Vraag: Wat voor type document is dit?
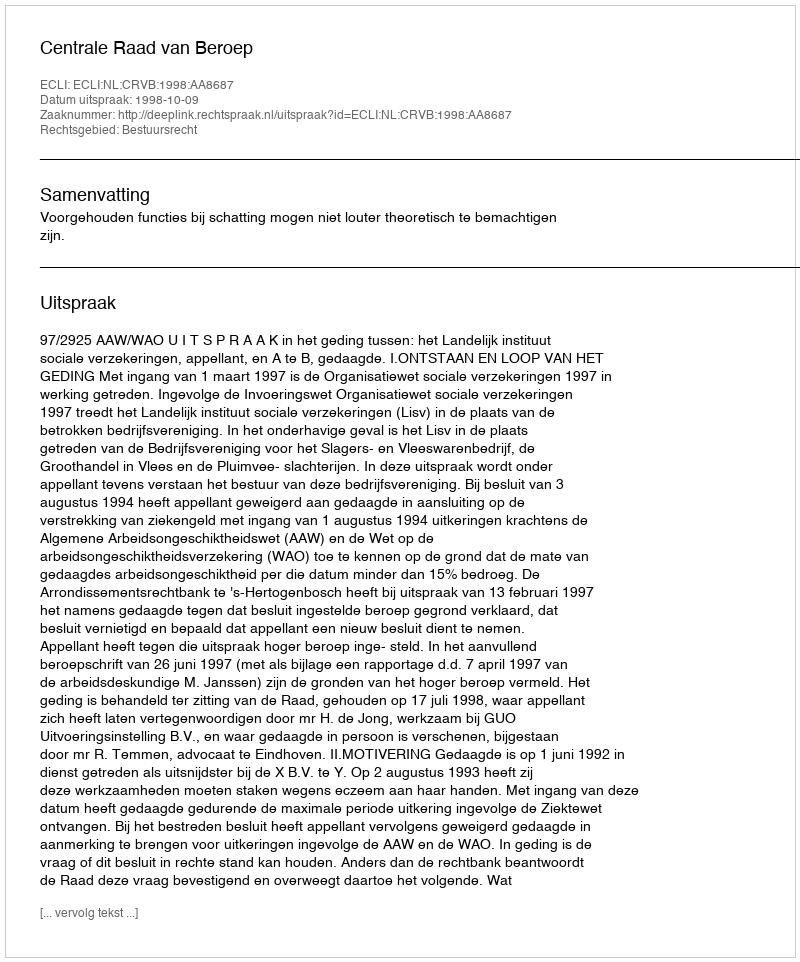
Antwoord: Uitspraak